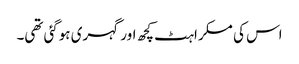
اس کی مسکراہٹ کچھ اور گہری ہوگئی تھی۔